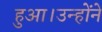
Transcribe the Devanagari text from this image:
हुआ।उन्होंने